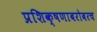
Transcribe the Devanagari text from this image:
प्रशिक्षणाबरोबरच